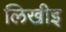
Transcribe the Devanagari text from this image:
लिखीइ